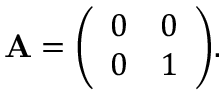
\mathbf { A } = { \left( \begin{array} { l l } { 0 } & { 0 } \\ { 0 } & { 1 } \end{array} \right) } .